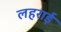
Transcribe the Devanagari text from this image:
लहराई